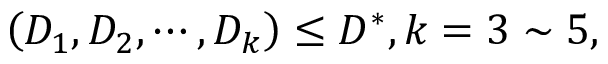
\left( D _ { 1 } , D _ { 2 } , \cdots , D _ { k } \right) \le D ^ { * } , k = 3 \sim 5 ,